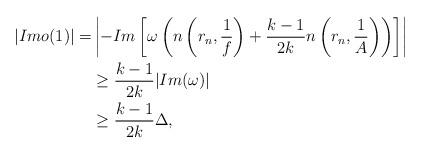
LaTeX: \begin{align*}|Imo(1)|=& \left|-Im\left[\omega \left( n\left (r_n,\frac{1}{f}\right)+\frac{k-1}{2k} n\left(r_n,\frac{1}{A}\right)\right)\right]\right|\\&\geq\frac{k-1}{2k}|Im(\omega)|\\& \geq \frac{k-1}{2k}\Delta,\end{align*}